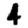
Digit: 4